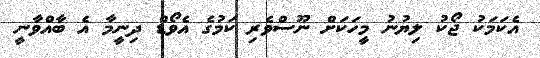
އެކަމަކު ޖޯކު ލިޔުނު މީހަކަށް ނޫސްވެރި ކަމުގެ އެވޯޑް ދިނީމާ އެ ބާއްވާނީ